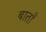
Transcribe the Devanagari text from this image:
बाताँ